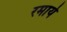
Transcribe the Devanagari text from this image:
रमाये